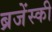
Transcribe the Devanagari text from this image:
ब्रजेंस्की